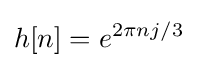
h[n]=e^{2\pi nj/3}